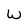
Character: W